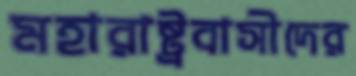
মহারাষ্ট্রবাসীদের